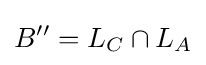
B''=L_{C}\cap L_{A}